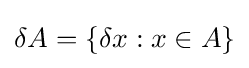
\delta A=\{\delta x:x\in A\}